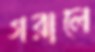
গরালে